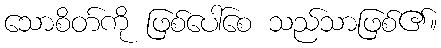
သောစိတ်ကို ဖြစ်ပေါ်စေ သည်သာဖြစ်၏။